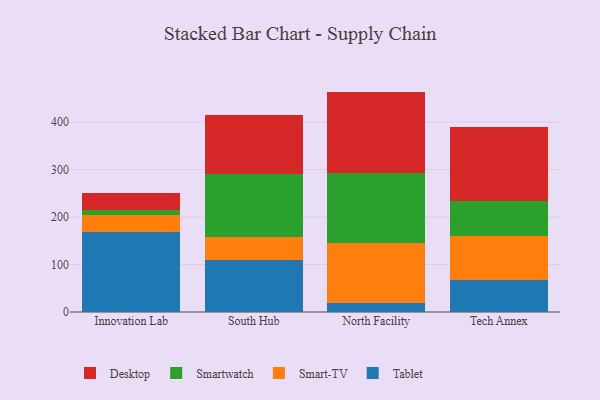
{"axis": {"x": "Campus", "y": "Bounce Rate (%)"}, "legend": ["Desktop", "Smart-TV", "Smartwatch", "Tablet"], "data": [{"x": "Innovation Lab", "y": 169.4, "type": "Tablet"}, {"x": "Innovation Lab", "y": 35.6, "type": "Smart-TV"}, {"x": "Innovation Lab", "y": 9.0, "type": "Smartwatch"}, {"x": "Innovation Lab", "y": 35.6, "type": "Desktop"}, {"x": "South Hub", "y": 110.3, "type": "Tablet"}, {"x": "South Hub", "y": 48.3, "type": "Smart-TV"}, {"x": "South Hub", "y": 131.0, "type": "Smartwatch"}, {"x": "South Hub", "y": 125.5, "type": "Desktop"}, {"x": "North Facility", "y": 18.8, "type": "Tablet"}, {"x": "North Facility", "y": 125.6, "type": "Smart-TV"}, {"x": "North Facility", "y": 149.3, "type": "Smartwatch"}, {"x": "North Facility", "y": 170.4, "type": "Desktop"}, {"x": "Tech Annex", "y": 68.2, "type": "Tablet"}, {"x": "Tech Annex", "y": 92.5, "type": "Smart-TV"}, {"x": "Tech Annex", "y": 72.8, "type": "Smartwatch"}, {"x": "Tech Annex", "y": 155.3, "type": "Desktop"}]}